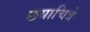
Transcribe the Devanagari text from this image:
छयाचित्रे